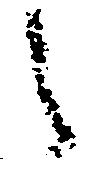
之